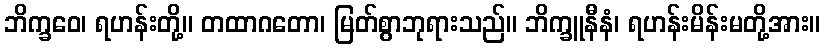
ဘိက္ခဝေ၊ ရဟန်းတို့။ တထာဂတော၊ မြတ်စွာဘုရားသည်။ ဘိက္ခူနီနံ၊ ရဟန်းမိန်းမတို့အား။